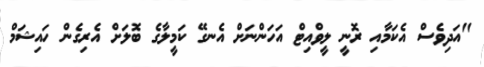
"އަދިވެސް އެކަމާއި ރޮނީ ލީވްއިޓް އަހަންނަށް އެނގޭ ކަމީލާގެ ބޮލަށް އެރިގެން ހައިޝަމް